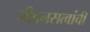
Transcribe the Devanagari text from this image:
जीवनसत्वांची